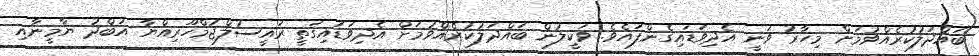
ބައްދަލުކުރެއްވުމަށް މިހާރު ވަނީ އެދިވަޑައިގެންފައެވެ. ވަކީލުން ބައްދަލުކުރެއްވުމަށް އެދިވަޑައިގަތީ ރައީސުލްޖުމްހޫރިއްޔާ އަބްދު ޔާމީނާއި